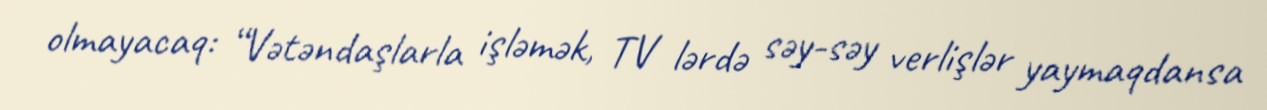
olmayacaq: “Vətəndaşlarla işləmək, TV lərdə səy-səy verlişlər yaymaqdansa